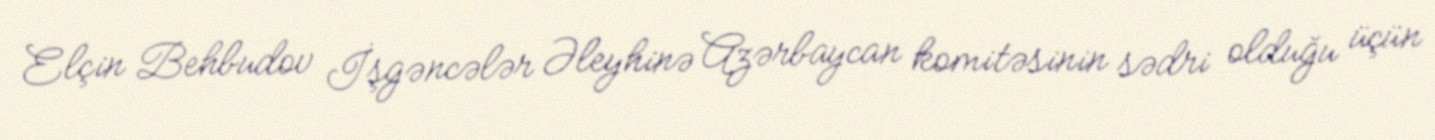
Elçin Behbudov İşgəncələr Əleyhinə Azərbaycan komitəsinin sədri olduğu üçün